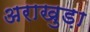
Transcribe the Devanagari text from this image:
अराखुड़ा